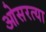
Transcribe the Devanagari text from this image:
ओसरत्या